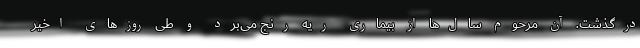
درگذشت. آن مرحوم سال‌ها از بیماری ریه رنج می‌برد و طی روزهای اخیر